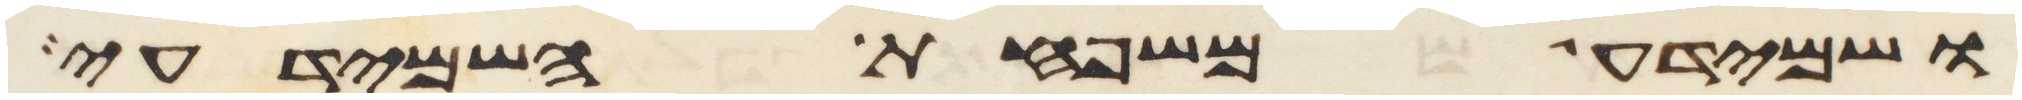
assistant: ושמידע משפחת השמידעי